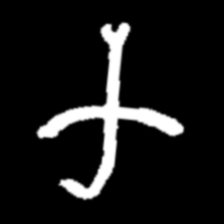
Pyu character \u2014 Myanmar letter: က (romanized: ka)